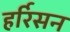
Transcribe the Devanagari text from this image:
हर्रिसन